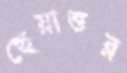
ছেয়াত্তর